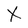
Character: X